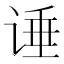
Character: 𰵶